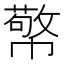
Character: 𭘷